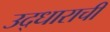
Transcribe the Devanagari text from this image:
उद्धाराची